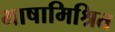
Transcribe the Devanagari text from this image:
भाषामिश्रित